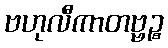
ဗဟုလီကာတဗ္ဗဉ္စ